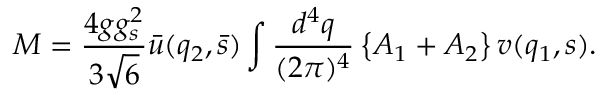
M = \frac { 4 g g _ { s } ^ { 2 } } { 3 \sqrt 6 } { \bar { u } } ( q _ { 2 } , { \bar { s } } ) \int \frac { d ^ { 4 } q } { ( 2 \pi ) ^ { 4 } } \left\{ { \cal A } _ { 1 } + { \cal A } _ { 2 } \right\} v ( q _ { 1 } , s ) .